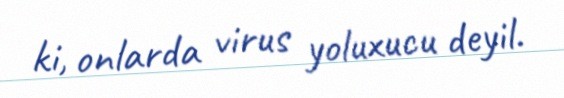
ki, onlarda virus yoluxucu deyil.